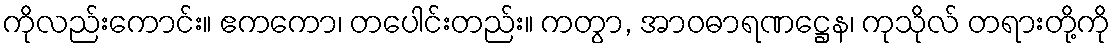
ကိုလည်းကောင်း။ ဧကကော၊ တပေါင်းတည်း။ ကတွာ, အာဝဓာရဏဋ္ဌေန၊ ကုသိုလ် တရားတို့ကို